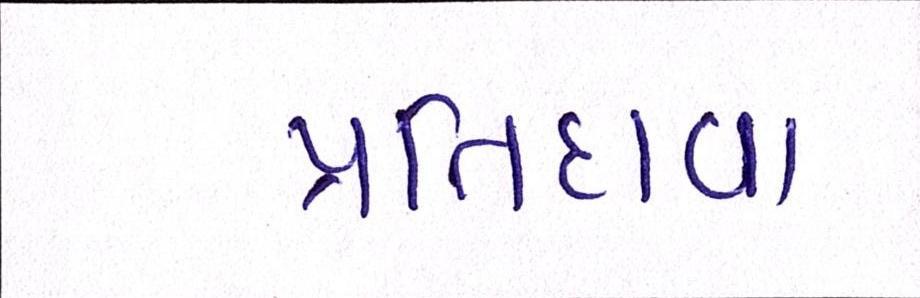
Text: પ્રતિદાવા